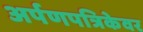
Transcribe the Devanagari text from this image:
अर्पणपत्रिकेवर